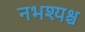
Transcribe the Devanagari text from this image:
नभश्यश्च